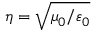
\eta = \sqrt { \mu _ { 0 } / \varepsilon _ { 0 } }